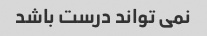
نمی تواند درست باشد